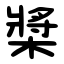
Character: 槳